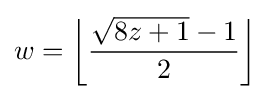
w=\left\lfloor {\frac {{\sqrt {8z+1}}-1}{2}}\right\rfloor